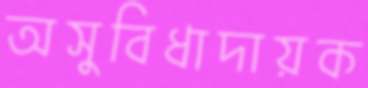
অসুবিধাদায়ক